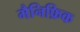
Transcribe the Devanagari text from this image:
मैनिफ़िक